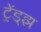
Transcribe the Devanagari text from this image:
ट्रेंड्‌झ